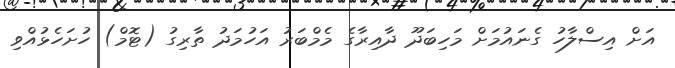
އަށް އިސްލާހު ގެނައުމަށް މަހިބަދޫ ދާއިރާގެ މެމްބަރު އަހުމަދު ތާރިގު (ޓޮމް) ހުށަހެޅުއްވި